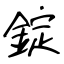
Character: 錠